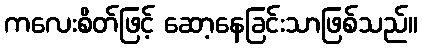
ကလေးစိတ်ဖြင့် ဆော့နေခြင်းသာဖြစ်သည်။